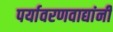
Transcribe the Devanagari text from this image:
पर्यावरणवाद्यांनी